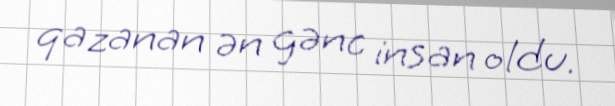
qazanan ən gənc insan oldu.